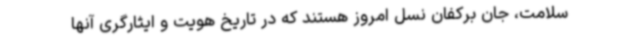
سلامت، جان برکفان نسل امروز هستند که در تاریخ هویت و ایثارگری آنها